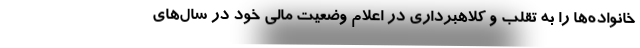
خانواده‌ها را به تقلب و کلاهبرداری در اعلام وضعیت مالی خود در سال‌های